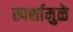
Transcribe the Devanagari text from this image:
स्पर्शामुळे